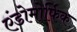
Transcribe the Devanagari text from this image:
एंडोमोर्फिक